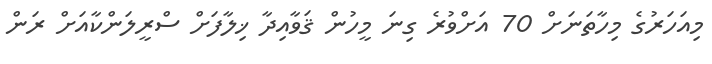
މިއަހަރުގެ މިހާތަނަށް 70 އަށްވުރެ ގިނަ މީހުން ޤަވާއިދާ ޚިލާފަށް ސްރީލަންކާއަށް ރަން